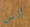
أنني